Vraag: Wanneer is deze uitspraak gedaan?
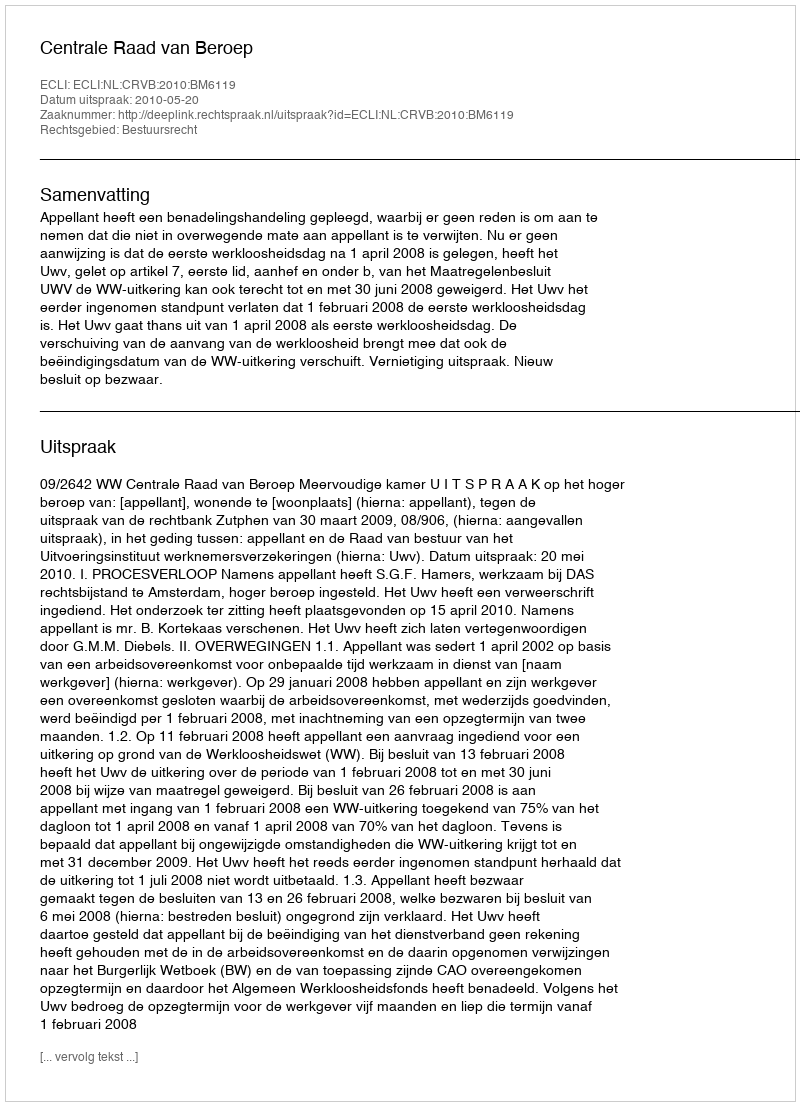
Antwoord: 2010-05-20